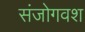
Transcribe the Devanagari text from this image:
संजोगवश